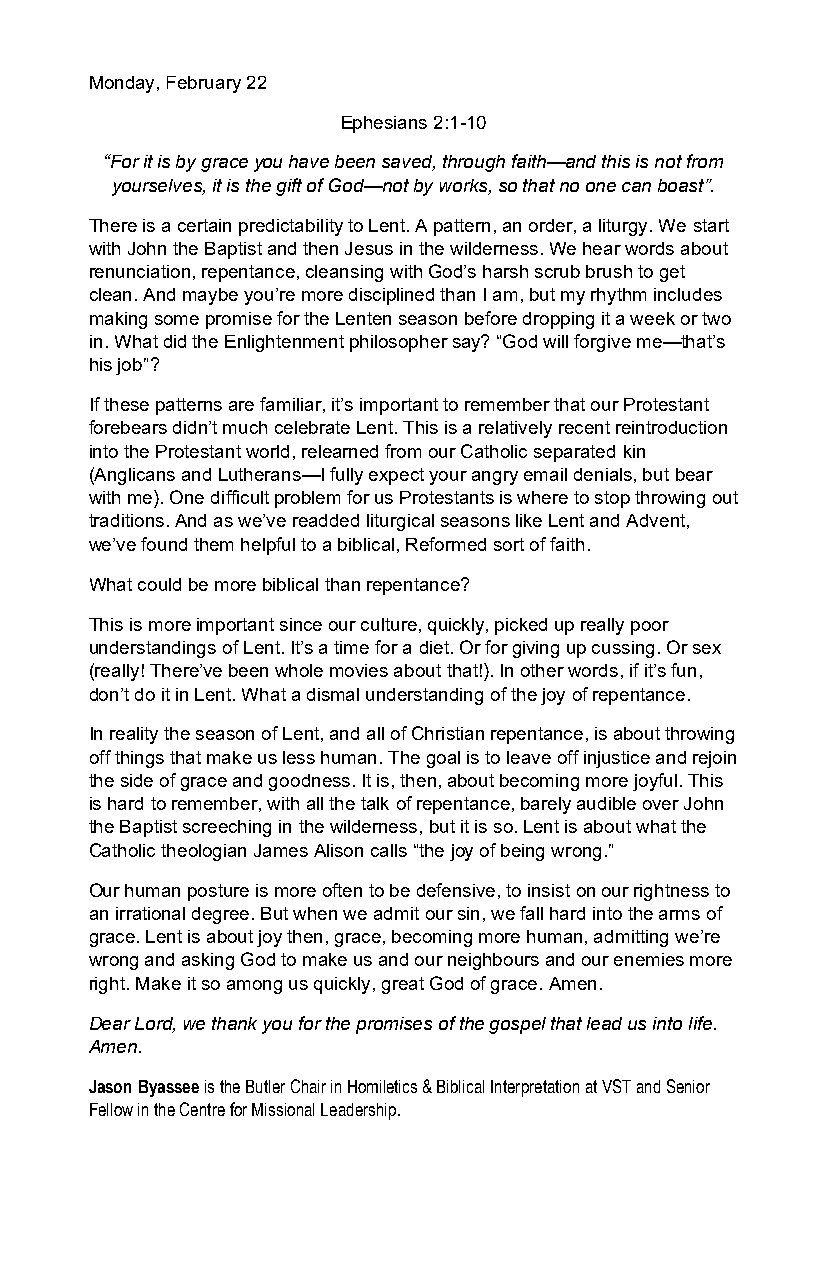
Monday, February 22
 Ephesians 2:1-10
 “For it is by grace you have been saved, through faith—and this is not from
 yourselves, it is the gift of God—not by works, so that no one can boast”.
 There is a certain predictability to Lent. A pattern, an order, a liturgy. We start
 with John the Baptist and then Jesus in the wilderness. We hear words about
 renunciation, repentance, cleansing with God’s harsh scrub brush to get
 clean. And maybe you’re more disciplined than I am, but my rhythm includes
 making some promise for the Lenten season before dropping it a week or two
 in. What did the Enlightenment philosopher say? “God will forgive me—that’s
 his job”?
 If these patterns are familiar, it’s important to remember that our Protestant
 forebears didn’t much celebrate Lent. This is a relatively recent reintroduction
 into the Protestant world, relearned from our Catholic separated kin
 (Anglicans and Lutherans—I fully expect your angry email denials, but bear
 with me). One difficult problem for us Protestants is where to stop throwing out
 traditions. And as we’ve readded liturgical seasons like Lent and Advent,
 we’ve found them helpful to a biblical, Reformed sort of faith.
 What could be more biblical than repentance?
 This is more important since our culture, quickly, picked up really poor
 understandings of Lent. It’s a time for a diet. Or for giving up cussing. Or sex
 (really! There’ve been whole movies about that!). In other words, if it’s fun,
 don’t do it in Lent. What a dismal understanding of the joy of repentance.
 In reality the season of Lent, and all of Christian repentance, is about throwing
 off things that make us less human. The goal is to leave off injustice and rejoin
 the side of grace and goodness. It is, then, about becoming more joyful. This
 is hard to remember, with all the talk of repentance, barely audible over John
 the Baptist screeching in the wilderness, but it is so. Lent is about what the
 Catholic theologian James Alison calls “the joy of being wrong.”
 Our human posture is more often to be defensive, to insist on our rightness to
 an irrational degree. But when we admit our sin, we fall hard into the arms of
 grace. Lent is about joy then, grace, becoming more human, admitting we’re
 wrong and asking God to make us and our neighbours and our enemies more
 right. Make it so among us quickly, great God of grace. Amen.
 Dear Lord, we thank you for the promises of the gospel that lead us into life.
 Amen.
 Jason Byassee is the Butler Chair in Homiletics & Biblical Interpretation at VST and Senior
 Fellow in the Centre for Missional Leadership.